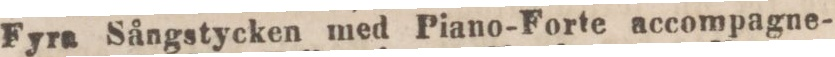
Fyra Sångstycken med Piano-Forte accompagne-